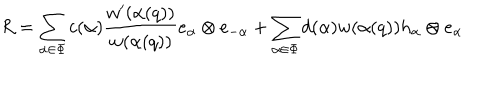
LaTeX: R = \sum _ { \alpha \in \Phi } c ( \alpha ) \frac { w ^ { \prime } ( \alpha ( q ) ) } { w ( \alpha ( q ) ) } e _ { \alpha } \otimes e _ { - \alpha } + \sum _ { \alpha \in \Phi } d ( \alpha ) w ( \alpha ( q ) ) h _ { \alpha } \otimes e _ { \alpha }